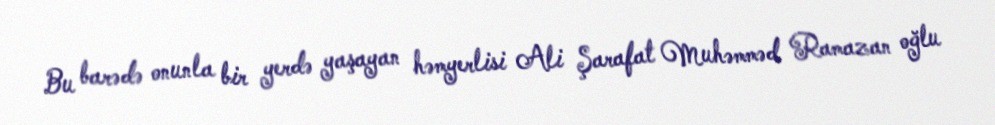
Bu barədə onunla bir yerdə yaşayan həmyerlisi Ali Şarafat Muhəmməd Ramazan oğlu